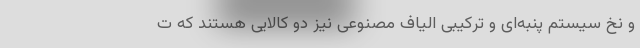
و نخ سیستم پنبه‌ای و ترکیبی الیاف مصنوعی نیز دو کالایی هستند که ت